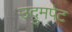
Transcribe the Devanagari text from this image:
उदुमपेट